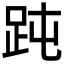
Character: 𧿬